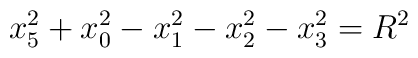
x_5^2+x_0^2-x_1^2-x_2^2-x_3^2=R^2